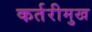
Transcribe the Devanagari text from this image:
कर्तरीमुख